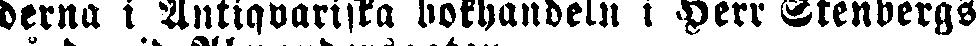
derna i Antiquariska bokhandeln i Herr Stenbergs